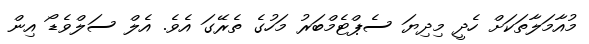
މުއާމަލާތަކަށް ހެދީ މިދިޔަ ސެޕްޓެމްބަރު މަހުގެ ތެރޭގަ އެވެ. އެލް ސަލްވެޑޯ އިން